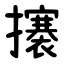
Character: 攐